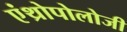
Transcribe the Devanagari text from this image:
एंथ्रोपोलोजी